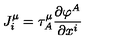
J _ { i } ^ { \mu } = \tau _ { A } ^ { \mu } \frac { \partial \varphi ^ { A } } { \partial x ^ { i } }